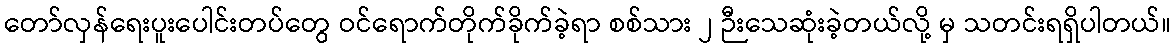
တော်လှန်ရေးပူးပေါင်းတပ်တွေ ဝင်ရောက်တိုက်ခိုက်ခဲ့ရာ စစ်သား ၂ ဉီးသေဆုံးခဲ့တယ်လို့ မှ သတင်းရရှိပါတယ်။